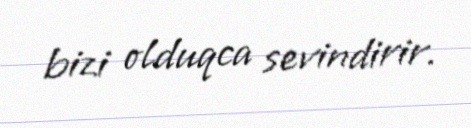
bizi olduqca sevindirir.